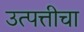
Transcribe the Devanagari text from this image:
उत्पत्तीचा